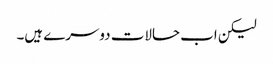
لیکن اب حالات دوسرے ہیں۔